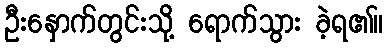
ဦးနှောက်တွင်းသို့ ရောက်သွား ခဲ့ရ၏။